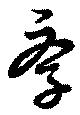
斈